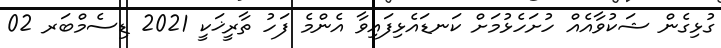
ގުޅިގެން ޝަކުވާއެއް ހުށަހެޅުމަށް ކަނޑައެޅިފައިވާ އެންމެ ފަހު ތާރީޚަކީ 2021 ޑިސެމްބަރ 02